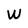
Character: W